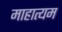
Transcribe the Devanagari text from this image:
माहात्यम